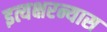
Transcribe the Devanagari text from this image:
इत्यक्षरन्यास